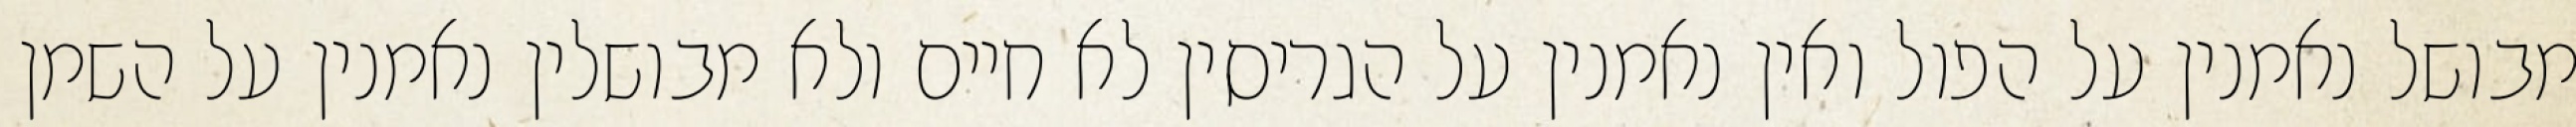
מבושל נאמנין על הפול ואין נאמנין על הגריסין לא חיים ולא מבושלין נאמנין על השמן